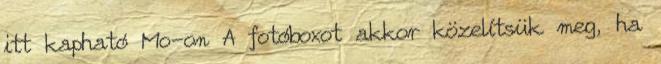
itt kapható Mo-on A fotóboxot akkor közelítsük meg, ha